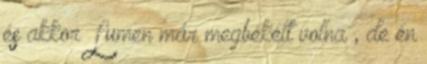
és akkor Lumen már megbékélt volna , de én